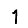
Digit: 1